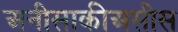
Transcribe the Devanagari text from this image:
अनीसाकीअसीस